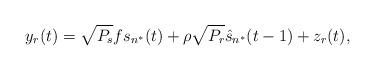
LaTeX: \begin{align*}y_r (t) = \sqrt{P_s}f s_{n^*}(t) + \rho \sqrt{P_r}\hat{s}_{n^*}(t-1) + z_r(t),\end{align*}